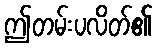
ဤတမ်းပလိတ်၏